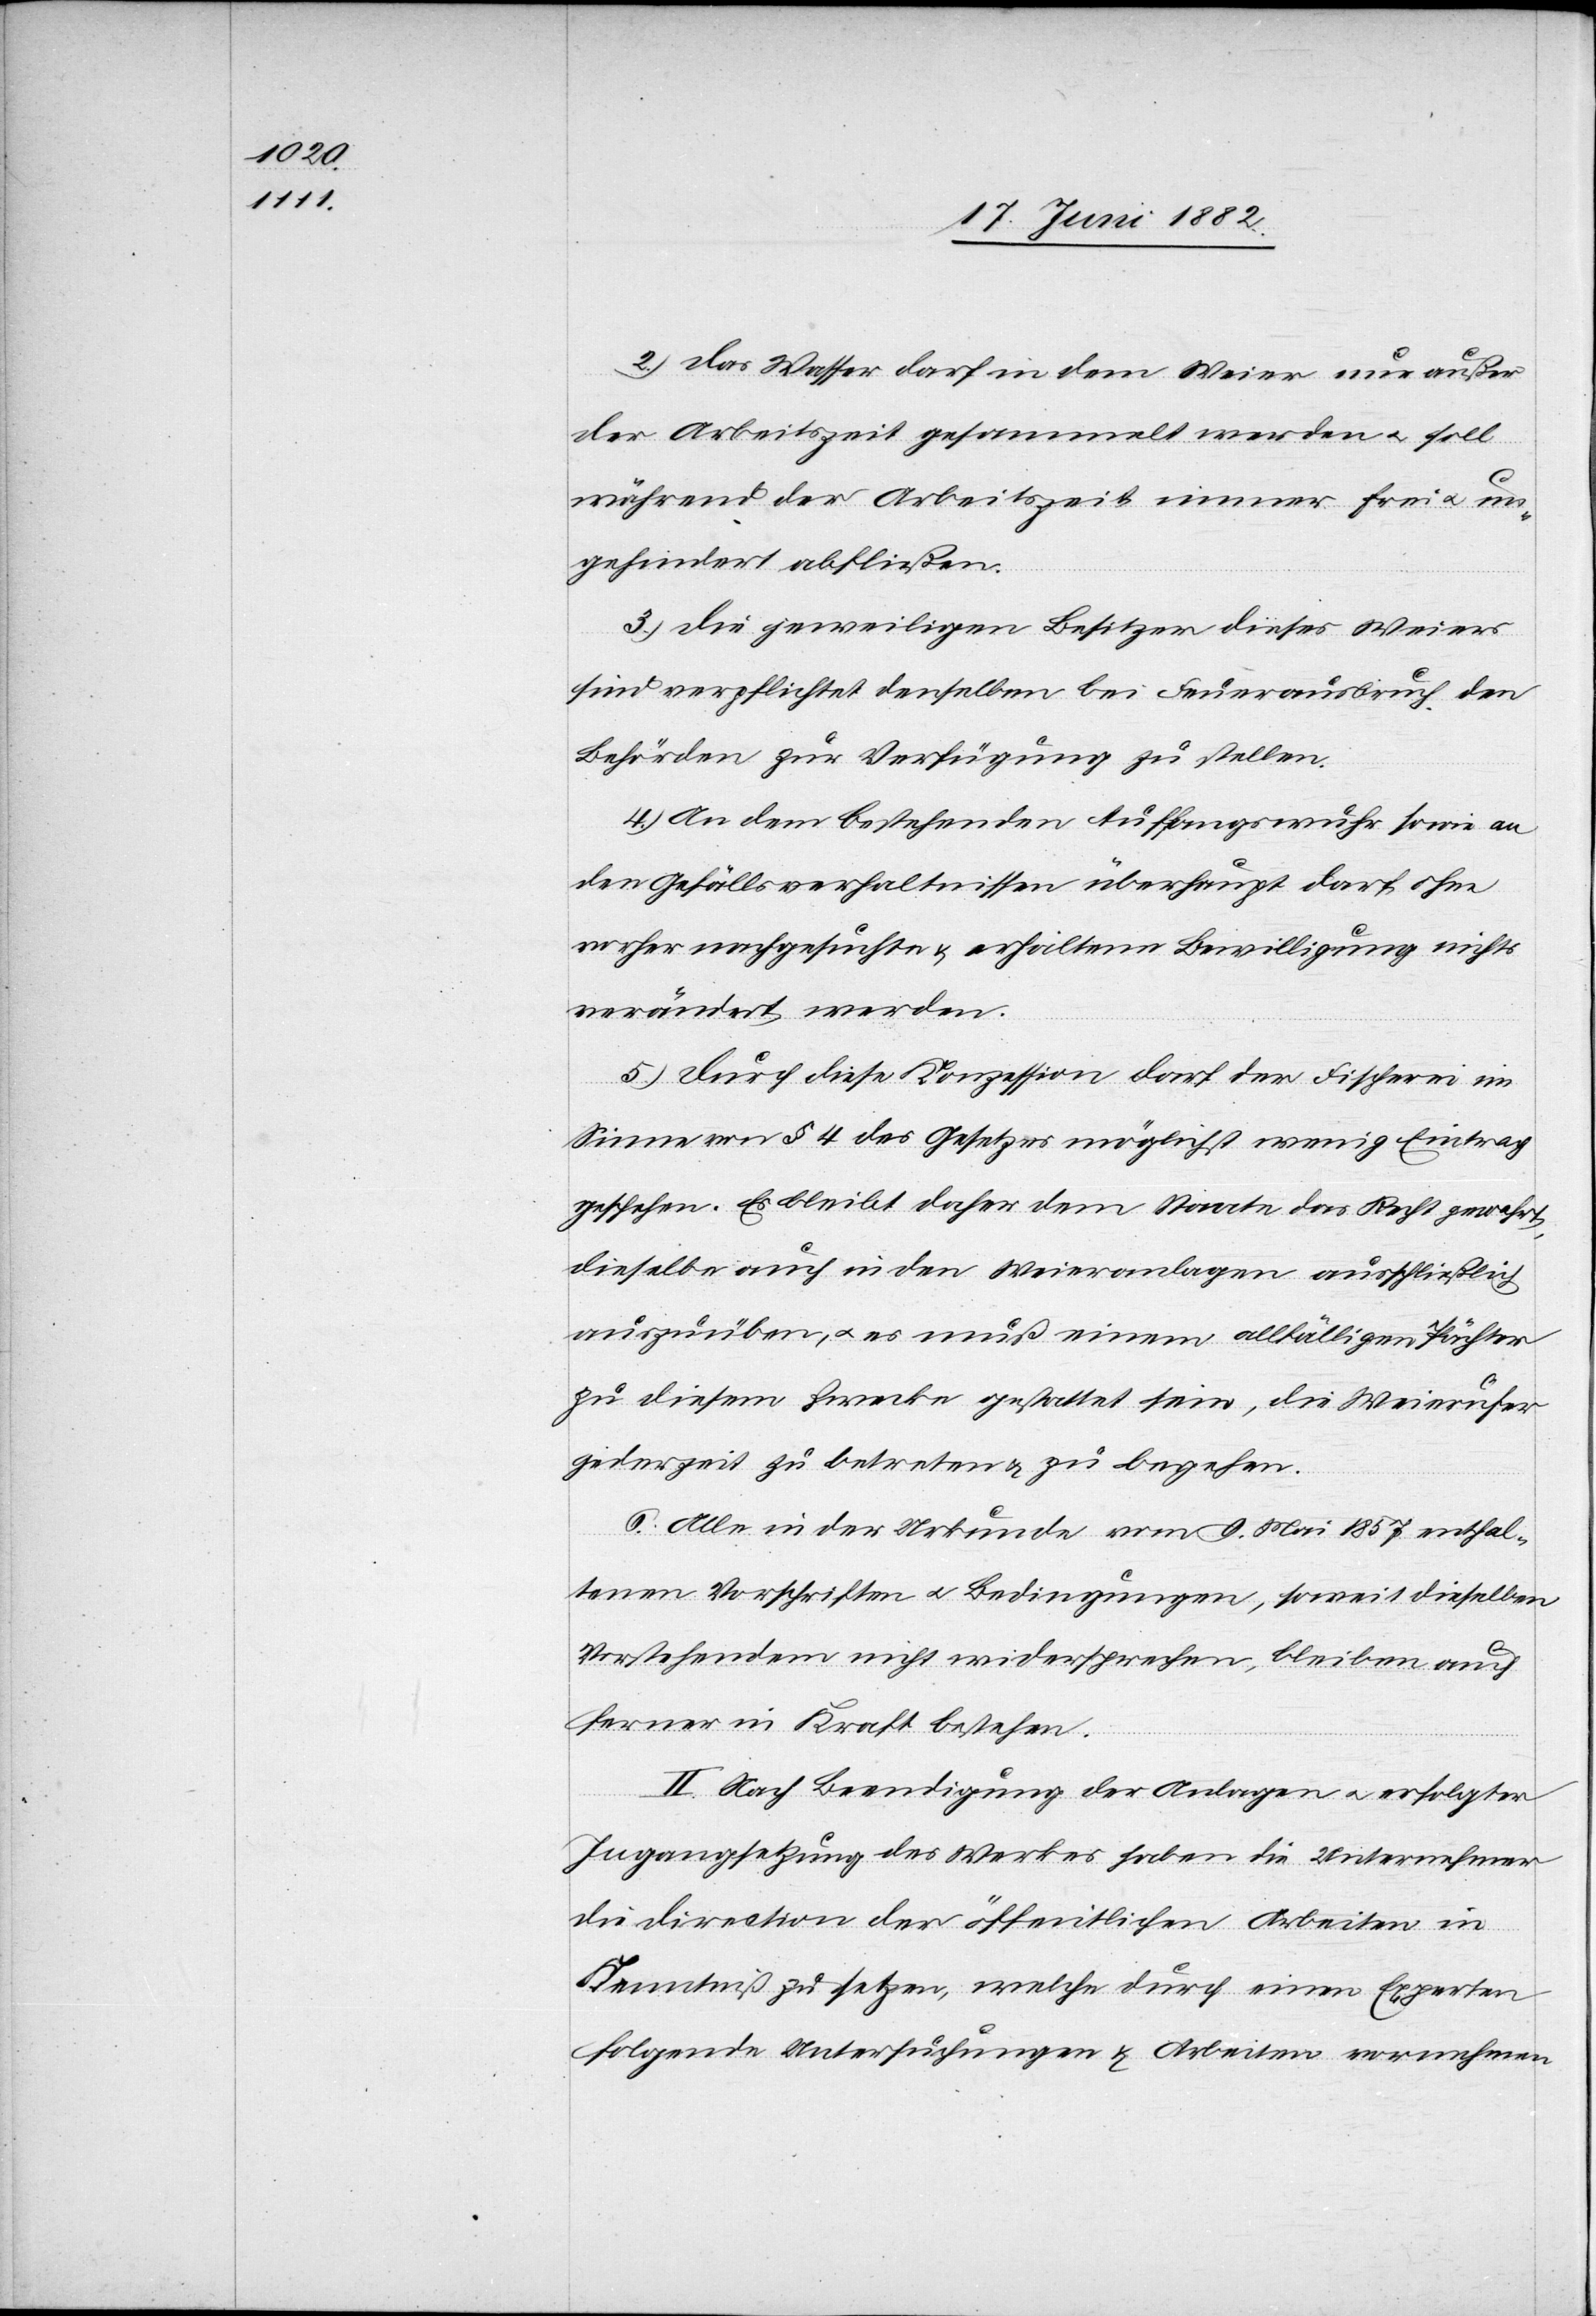
2. Das Wasser darf in dem Weier nur außer
der Arbeitszeit gesammelt werden u. soll
während der Arbeitszeit immer frei u. un¬
gehindert abfließen.
3. Die jeweiligen Besitzer dieses Weiers
sind verpflichtet denselben bei Feuerausbruch den
Behörden zur Verfügung zu stellen.
4. An dem bestehenden Auffangswuhr sowie an
den Gefällsverhältnissen überhaupt darf ohne
vorher nachgesuchte & erhaltene Bewilligung nichts
verändert werden.
5. Durch diese Konzession darf der Fischerei im
Sinne von § 4 des Gesetzes möglichst wenig Eintrag
geschehen. Es bleibt daher dem Staate das Recht gewahrt,
dieselbe auch in den Weieranlagen ausschließlich
auszuüben, u. es muß einem allfälligen Pächter
zu diesem Zwecke gestattet sein, die Weierufer
jederzeit zu betreten & zu begehen.
6. Alle in der Urkunde vom 9. Mai 1857 enthal¬
tenen Vorschriften u. Bedingungen, soweit dieselben
Vorstehendem nicht widersprechen, bleiben auch
ferner in Kraft bestehen.
II. Nach Beendigung der Anlagen u. erfolgter
Ingangsetzung des Werkes haben die Unternehmer
die Direction der öffentlichen Arbeiten in
Kenntniß zu setzen, welche durch einen Experten
folgende Untersuchungen & Arbeiten vornehmen